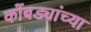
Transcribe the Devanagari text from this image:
कोंबड्यांच्या